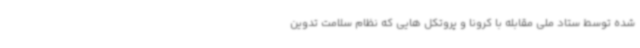
شده توسط ستاد ملی مقابله با کرونا و پروتکل هایی که نظام سلامت تدوین